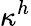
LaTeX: \kappa^{h}